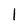
Character: 1